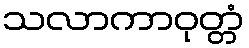
သလာကာဝုတ္တံ